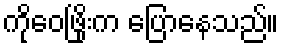
ကိုဝေဖြိုးက ပြောနေသည်။